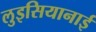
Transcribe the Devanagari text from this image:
लुइसियानाई